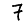
Digit: 7